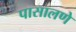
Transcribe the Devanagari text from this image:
पासालणे